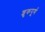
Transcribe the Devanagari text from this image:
शुकपूर्ण